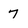
Character: 7